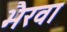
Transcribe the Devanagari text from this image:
भैरवा